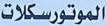
الموتورسكلات